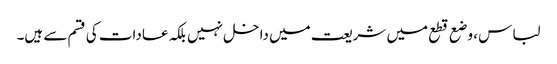
لباس ، وضع قطع میں شریعت میں داخل نہیں بلکہ عادات کی قسم سے ہیں۔